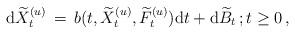
LaTeX: \begin{align*}{\mathrm d} \widetilde{X}^{(u)}_{t} \, =\, b( t, \widetilde{X}_{t}^{(u)}, \widetilde{F}_{t}^{(u)}) {\mathrm d} t + {\mathrm d} \widetilde{B}_{t} \, ; t \ge 0 \, , \end{align*}